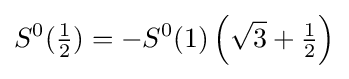
S^{0}({\tfrac {1}{2}})=-S^{0}(1)\left({\sqrt {3}}+{\tfrac {1}{2}}\right)